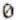
0